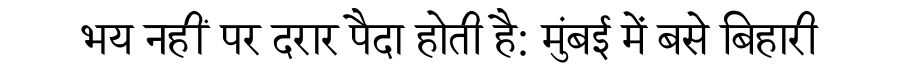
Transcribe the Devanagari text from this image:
भय नहीं पर दरार पैदा होती है: मुंबई में बसे बिहारी